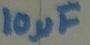
Text: 10µF